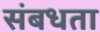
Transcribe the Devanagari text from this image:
संबधता